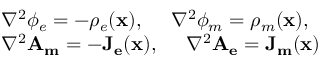
\begin{array} { l } { { \nabla ^ { 2 } \phi _ { e } = - \rho _ { e } ( \mathbf { x } ) , ~ ~ ~ ~ \nabla ^ { 2 } \phi _ { m } = \rho _ { m } ( \mathbf { x } ) , } } \\ { { \nabla ^ { 2 } \mathbf { A _ { m } } = - \mathbf { J _ { e } } ( \mathbf { x } ) , ~ ~ ~ ~ \nabla ^ { 2 } \mathbf { A _ { e } } = \mathbf { J _ { m } } ( \mathbf { x } ) } } \end{array}